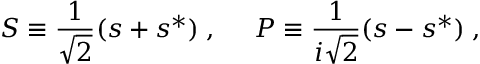
S \equiv \frac { 1 } { \sqrt { 2 } } ( s + s ^ { * } ) \; , ~ ~ ~ ~ P \equiv \frac { 1 } { i \sqrt { 2 } } ( s - s ^ { * } ) \; ,